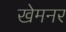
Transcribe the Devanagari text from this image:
खेमनर